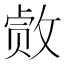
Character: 𫿂